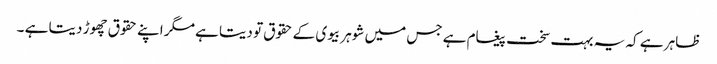
ظاہر ہے کہ یہ بہت سخت پیغام ہے جس میں شوہر بیوی کے حقوق تو دیتا ہے مگر اپنے حقوق چھوڑ دیتا ہے ۔